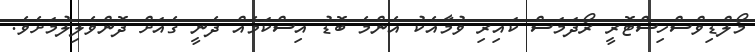
މޯލްޑިވްސްހިސްޓޮރީ ރޯދަމަސް ކައިރި ވުމާއެކު އެންމެ ބޮޑު އިސްކަމެއް ދެނީ ގެއަށް ދޮންވެލިލުމަށެވެ.